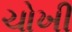
ચોખી